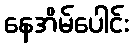
နေအိမ်ပေါင်း